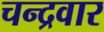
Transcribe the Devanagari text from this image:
चन्द्रवार